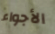
الأجواء